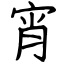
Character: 宵